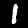
Label: 1